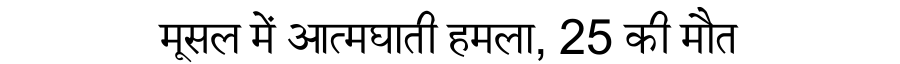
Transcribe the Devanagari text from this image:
मूसल में आत्मघाती हमला, 25 की मौत